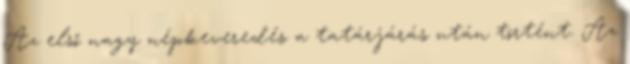
Az első nagy népkeveredés a tatárjárás után történt. Az